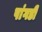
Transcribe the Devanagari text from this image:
पांगडी